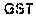
GST